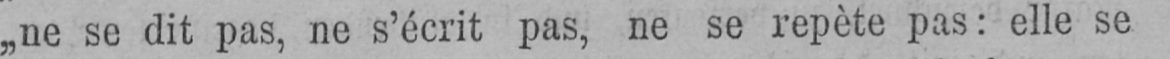
„ne se dit pas, ne s’écrit pas, ne se repète pas: elle se